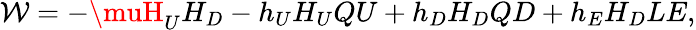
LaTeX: \mathcal{W}=-\muH_{U}H_{D}-h_{U}H_{U}QU+h_{D}H_{D}QD+h_{E}H_{D}LE,